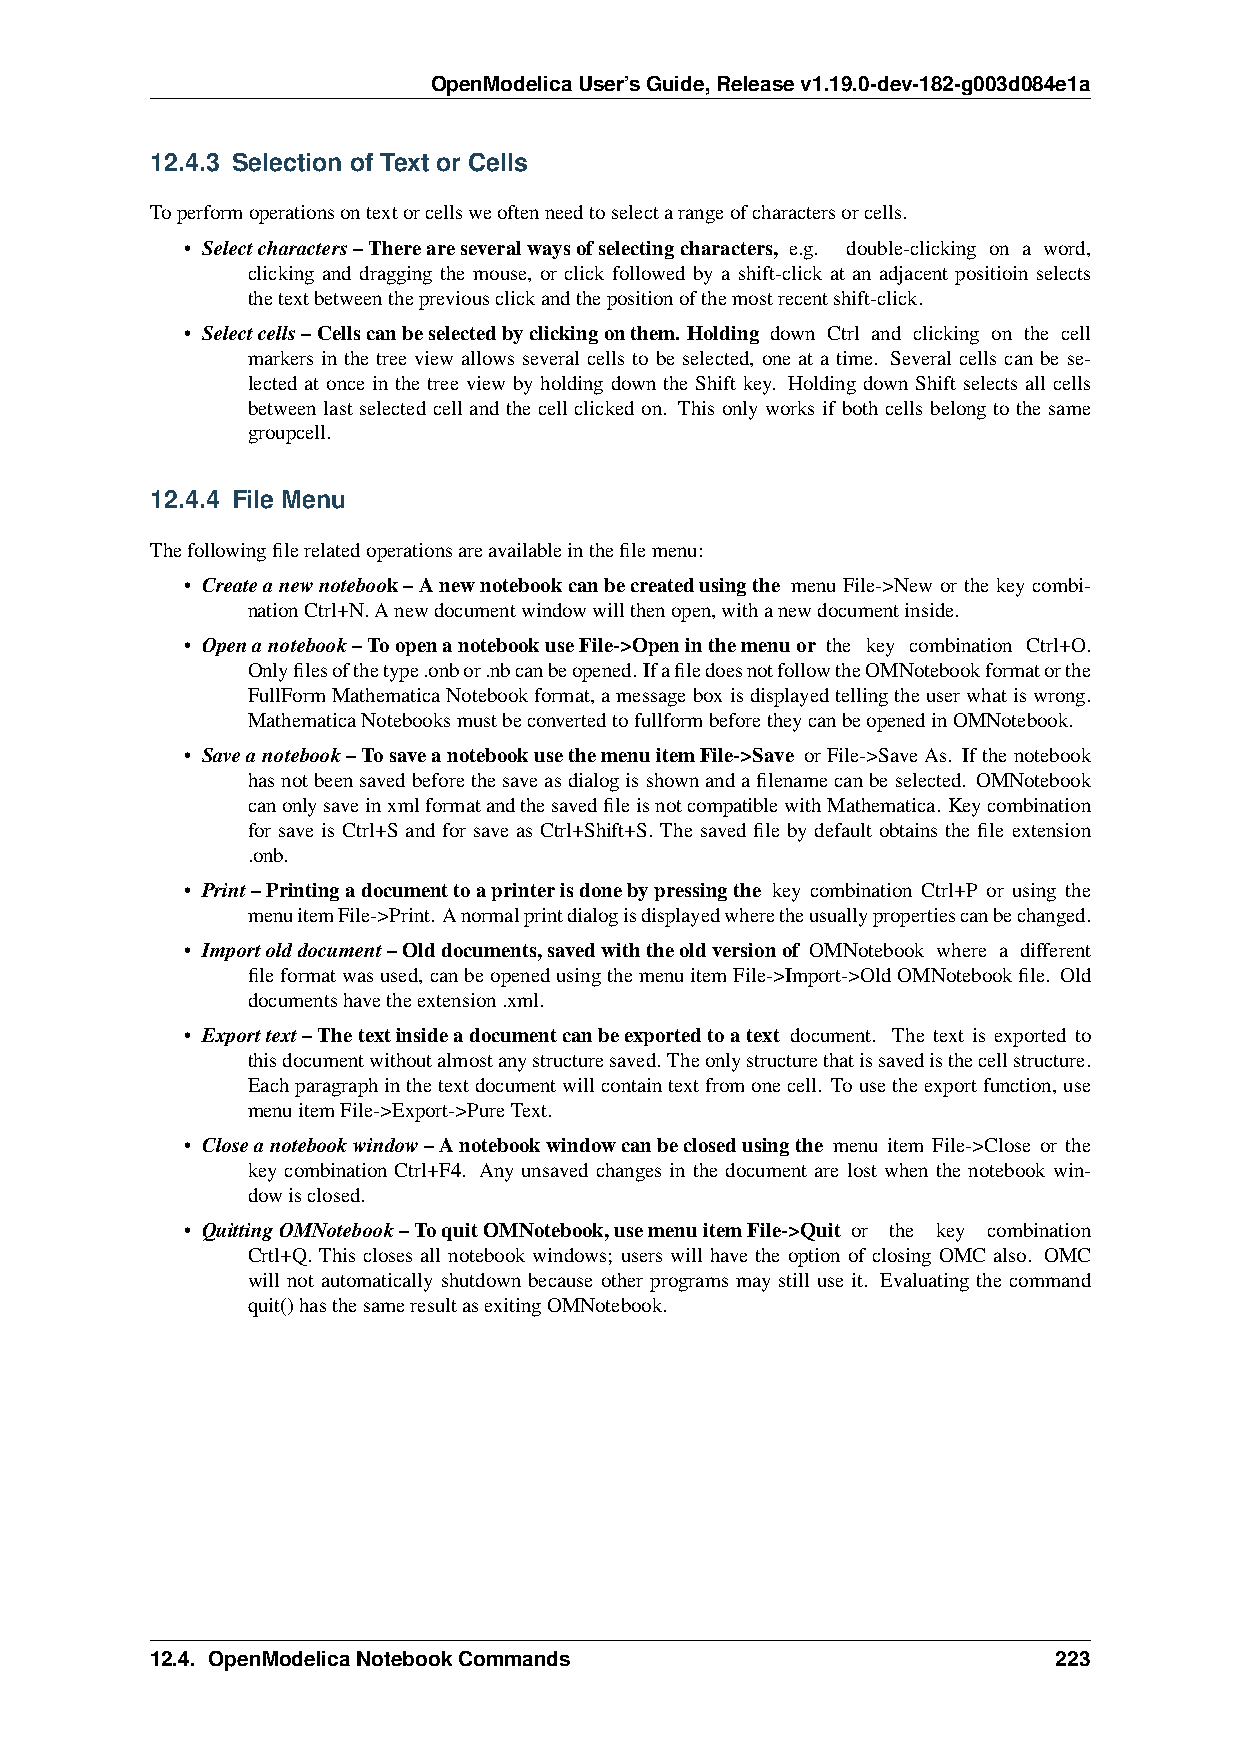
OpenModelicaUser’sGuide,Releasev1.19.0-dev-182-g003d084e1a
 12.4.3 Selection of Text or Cells
 Toperformoperationsontextorcellsweoftenneedtoselectarangeofcharactersorcells.
 • Selectcharacters–Thereareseveralwaysofselectingcharacters, e.g. double-clicking on a word,
 clicking and dragging the mouse, or click followed by a shift-click at an adjacent positioin selects
 thetextbetweenthepreviousclickandthepositionofthemostrecentshift-click.
 • Selectcells–Cellscanbeselectedbyclickingonthem. Holding down Ctrl and clicking on the cell
 markers in the tree view allows several cells to be selected, one at a time. Several cells can be se-
 lected at once in the tree view by holding down the Shift key. Holding down Shift selects all cells
 between last selected cell and the cell clicked on. This only works if both cells belong to the same
 groupcell.
 12.4.4 File Menu
 Thefollowingfilerelatedoperationsareavailableinthefilemenu:
 • Createanewnotebook–Anewnotebookcanbecreatedusingthe menu File->New or the key combi-
 nationCtrl+N.Anewdocumentwindowwillthenopen,withanewdocumentinside.
 • Openanotebook–ToopenanotebookuseFile->Openinthemenuor the key combination Ctrl+O.
 Onlyfilesofthetype.onbor.nbcanbeopened.IfafiledoesnotfollowtheOMNotebookformatorthe
 FullFormMathematicaNotebookformat,amessageboxisdisplayedtellingtheuserwhatiswrong.
 MathematicaNotebooksmustbeconvertedtofullformbeforetheycanbeopenedinOMNotebook.
 • Saveanotebook–TosaveanotebookusethemenuitemFile->Save orFile->SaveAs. Ifthenotebook
 hasnotbeensavedbeforethesaveasdialogisshownandafilenamecanbeselected. OMNotebook
 canonlysaveinxmlformatandthesavedfileisnotcompatiblewithMathematica. Keycombination
 for save is Ctrl+S and for save as Ctrl+Shift+S. The saved file by default obtains the file extension
 .onb.
 • Print–Printingadocumenttoaprinterisdonebypressingthe key combination Ctrl+P or using the
 menuitemFile->Print.Anormalprintdialogisdisplayedwheretheusuallypropertiescanbechanged.
 • Importolddocument–Olddocuments,savedwiththeoldversionof OMNotebook where a different
 fileformatwasused, canbeopenedusingthemenuitemFile->Import->OldOMNotebookfile. Old
 documentshavetheextension.xml.
 • Exporttext–Thetextinsideadocumentcanbeexportedtoatext document. The text is exported to
 thisdocumentwithoutalmostanystructuresaved. Theonlystructurethatissavedisthecellstructure.
 Eachparagraphinthetextdocumentwillcontaintextfromonecell. Tousetheexportfunction,use
 menuitemFile->Export->PureText.
 • Closeanotebookwindow–Anotebookwindowcanbeclosedusingthe menu item File->Close or the
 key combination Ctrl+F4. Any unsaved changes in the document are lost when the notebook win-
 dowisclosed.
 • QuittingOMNotebook–ToquitOMNotebook,usemenuitemFile->Quit or the key combination
 Crtl+Q. This closes all notebook windows; users will have the option of closing OMC also. OMC
 will not automatically shutdown because other programs may still use it. Evaluating the command
 quit()hasthesameresultasexitingOMNotebook.
 12.4. OpenModelicaNotebookCommands                          223